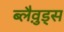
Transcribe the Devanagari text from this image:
ब्लैव़ुड्स